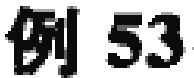
例 53